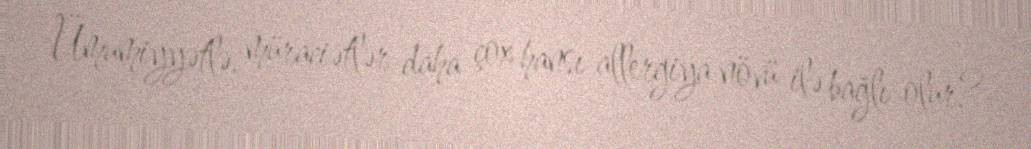
Ümumiyyətlə, müraciətlər daha çox hansı allergiya növü ilə bağlı olur?-